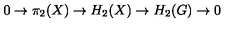
0 \to \pi _ { 2 } ( X ) \to H _ { 2 } ( X ) \to H _ { 2 } ( G ) \to 0